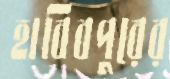
হাবিবপুরের